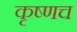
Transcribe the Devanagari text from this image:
कृष्णच